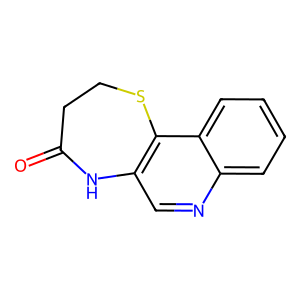
SMILES: O=C1CCSc2c(cnc3ccccc23)N1
Inhibits HIV replication: No